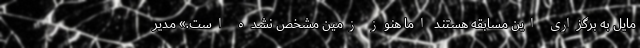
مایل به برگزاری این مسابقه هستند اما هنوز زمین مشخص نشده است.» مدیر